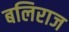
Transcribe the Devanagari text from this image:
बलिराज